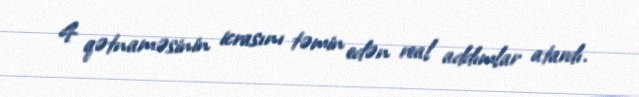
4 qətnaməsinin icrasını təmin edən real addımlar atardı.